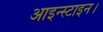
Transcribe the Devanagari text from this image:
आइन्स्टाइन।